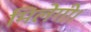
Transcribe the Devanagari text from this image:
मिलेगी।